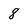
Character: 8